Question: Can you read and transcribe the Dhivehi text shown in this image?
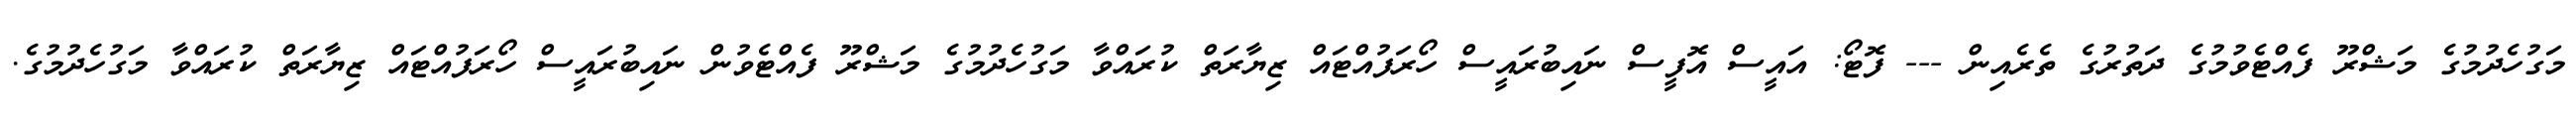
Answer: މަގުހެދުމުގެ މަޝްރޫ ފެއްޓެވުމުގެ ދަތުރުގެ ތެރެއިން --- ފޮޓޯ: އައީސް އޮފީސް ނައިބުރައީސް ހޯރަފުއްޓައް ޒިޔާރަތް ކުރައްވާ މަގުހެދުމުގެ މަޝްރޫ ފެއްޓެވުން ނައިބުރައީސް ހޯރަފުއްޓައް ޒިޔާރަތް ކުރައްވާ މަގުހެދުމުގެ.